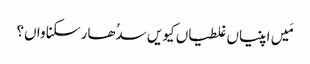
مَیں اپنیاں غلطیاں کیویں سدُھار سکنا واں؟